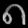
Digit: ၈